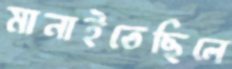
মানাইতেছিলে